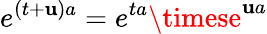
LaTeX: e^{(t+\mathbf{u})a}=e^{ta}\timese^{\mathbf{u}a}